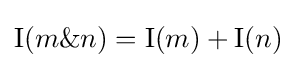
\operatorname {I} (m\&n)=\operatorname {I} (m)+\operatorname {I} (n)